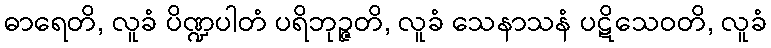
ဓာရေတိ, လူခံ ပိဏ္ဍပါတံ ပရိဘုဉ္ဇတိ, လူခံ သေနာသနံ ပဋိသေဝတိ, လူခံ